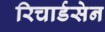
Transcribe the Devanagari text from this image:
रिचार्डसेन